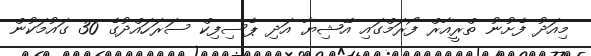
މިއަދު ފެށުނު ތްރީއާރް ފޯރަމްގައި އޭޝިޔާ އަދި ޕެސިފިކް ސަރަހައްދުގެ 30 ގައުމަކުން